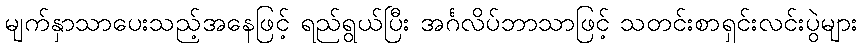
မျက်နှာသာပေးသည့်အနေဖြင့် ရည်ရွယ်ပြီး အင်္ဂလိပ်ဘာသာဖြင့် သတင်းစာရှင်းလင်းပွဲများ